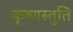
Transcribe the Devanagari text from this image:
कृष्णस्तुति